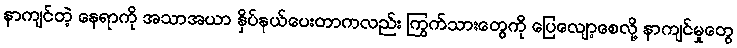
နာကျင်တဲ့ နေရာကို အသာအယာ နှိပ်နယ်ပေးတာကလည်း ကြွက်သားတွေကို ပြေလျော့စေလို့ နာကျင်မှုတွေ